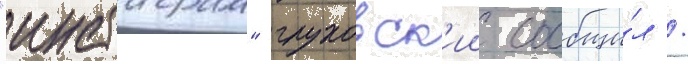
"инстаграм" глуховск'ии сообщи́л /